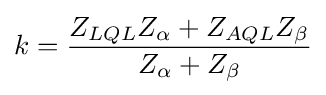
k={\frac {Z_{LQL}Z_{\alpha }+Z_{AQL}Z_{\beta }}{Z_{\alpha }+Z_{\beta }}}